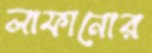
লাফানোর